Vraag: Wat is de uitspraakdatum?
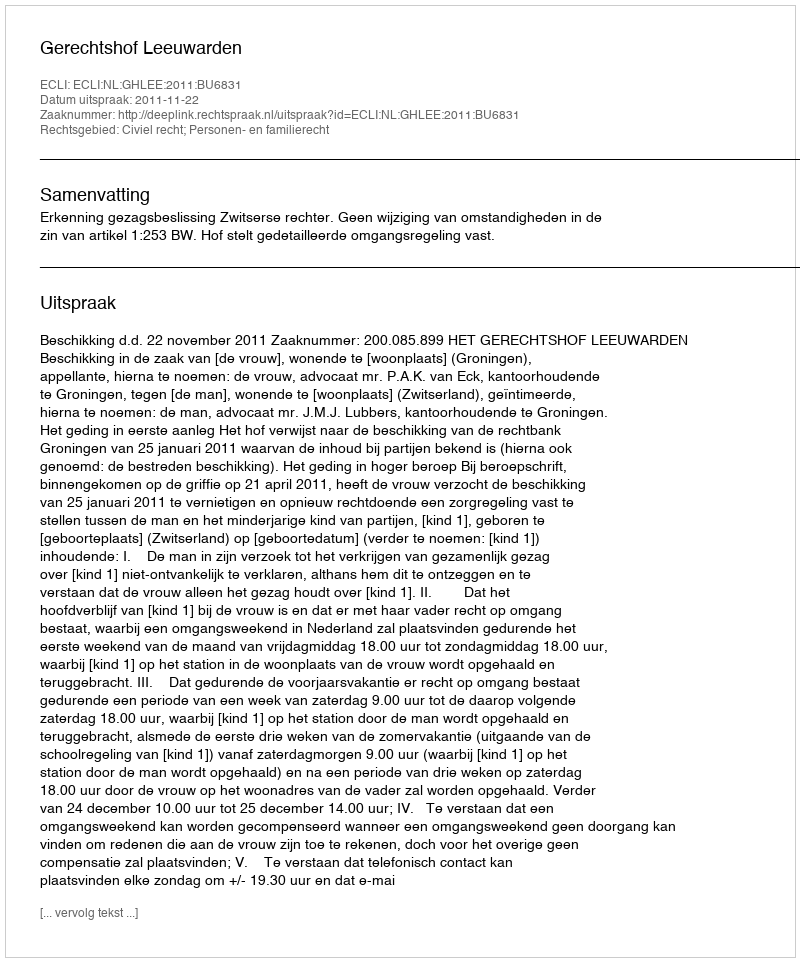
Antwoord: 2011-11-22